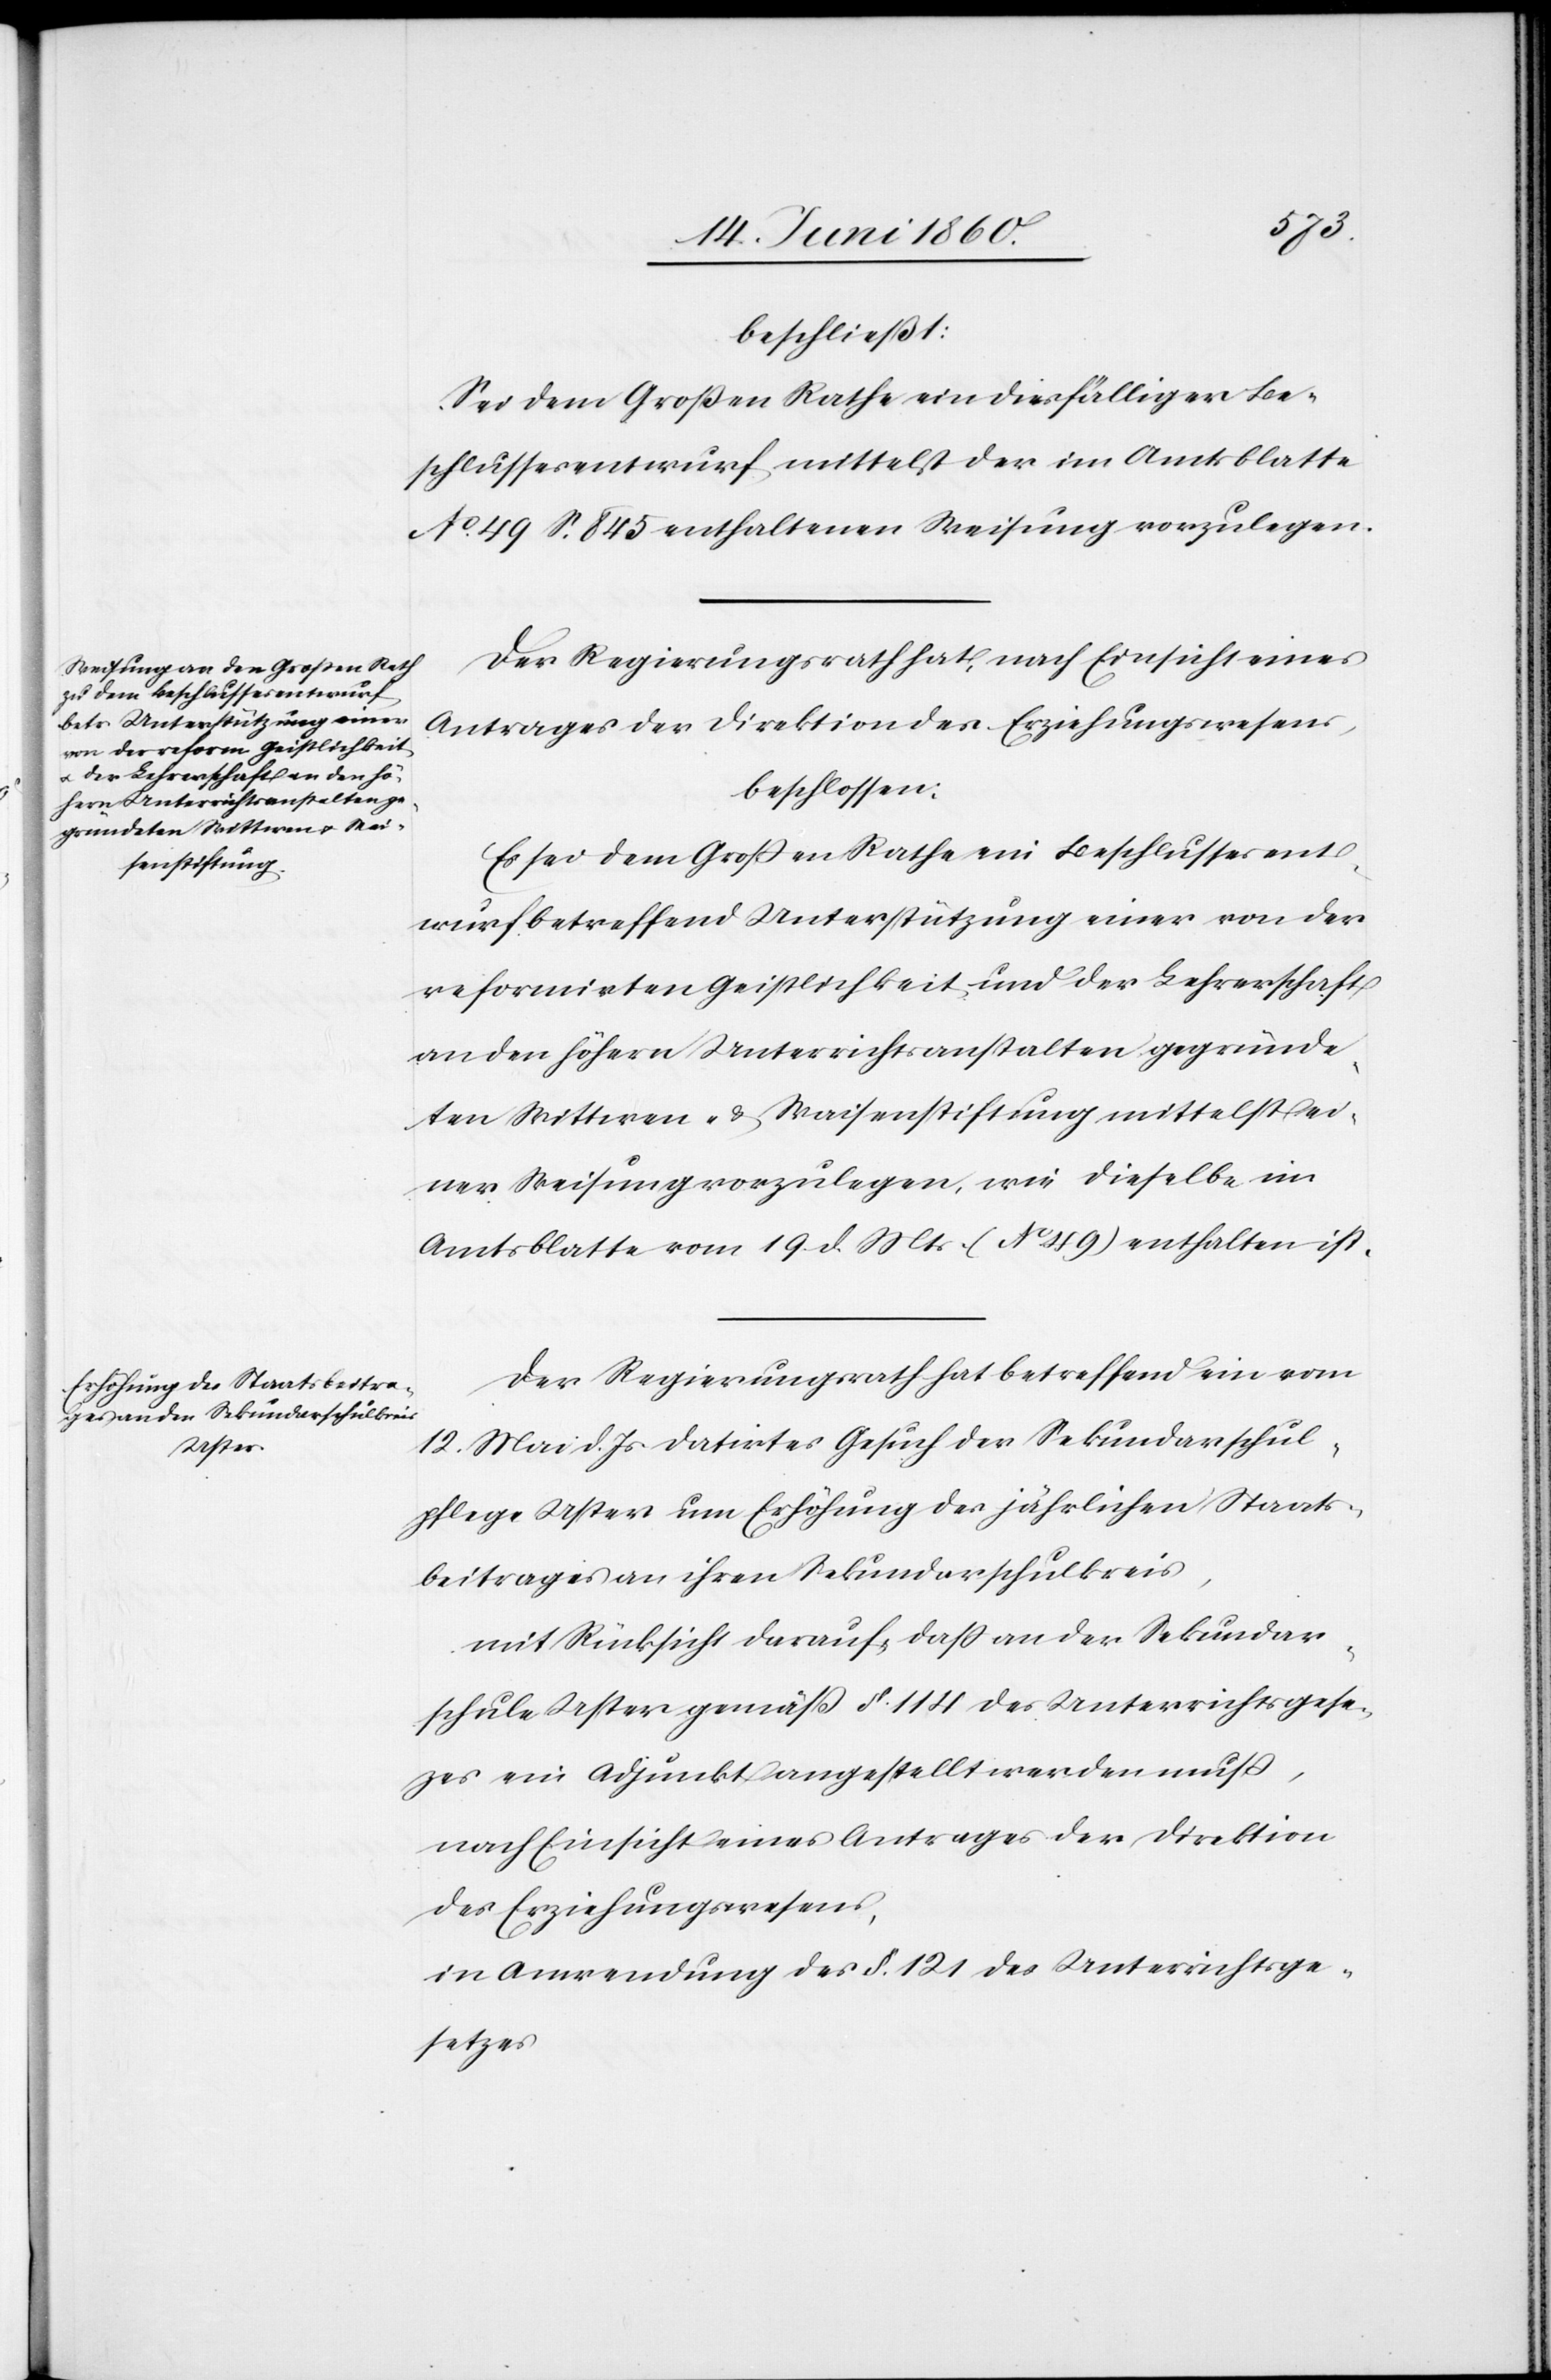
zes
beschließt:
Sei dem Grossen Rathe ein diesfälliger Be¬
schlussesentwurf mittelst der im Amtsblatte
No 49 S. 845 enthaltenen Weisung vorzulegen.
Der Regierungsrath hat, nach Einsicht eines
Antrages der Direktion des Erziehungswesens
beschlossen:
Es sei dem Grossen Rathe ein Beschlussesent¬
wurf betreffend Unterstützung einer von der
reformirten Geistlichkeit und der Lehrerschaft
an den höhern Unterrichtsanstalten gegründe¬
ten Wittwen- u. Waisenstiftung mittelst ei¬
ner Weisung vorzulegen, wie dieselbe im
Amtsblatte vom 19. d. Mts. (No 49) enthalten ist.
Der Regierungsrath hat betreffend ein vom
12. Mai d. Js. datirtes Gesuch der Sekundarschul¬
[si¬
pflege Uster um Erhöhung des jährlichen Staats¬
beitrages an ihren Sekundarschulkreis,
mit Rücksicht darauf, dass an der Sekundar¬
schule Uster gemäss §. 114 des Unterrichtsgese¬
c!] ein Adjunkt angestellt werden muss,
nach Einsicht eines Antrages der Direktion
des Erziehungswesens,
in Anwendung des §. 121 des Unterrichtsge¬
setzes